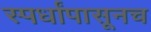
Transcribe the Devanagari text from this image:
स्पर्धांपासूनच